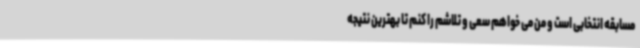
مسابقه انتخابی است و من می خواهم سعی و تلاشم را کنم تا بهترین نتیجه